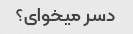
دسر میخوای؟